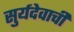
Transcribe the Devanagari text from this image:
सुर्यदेवाची